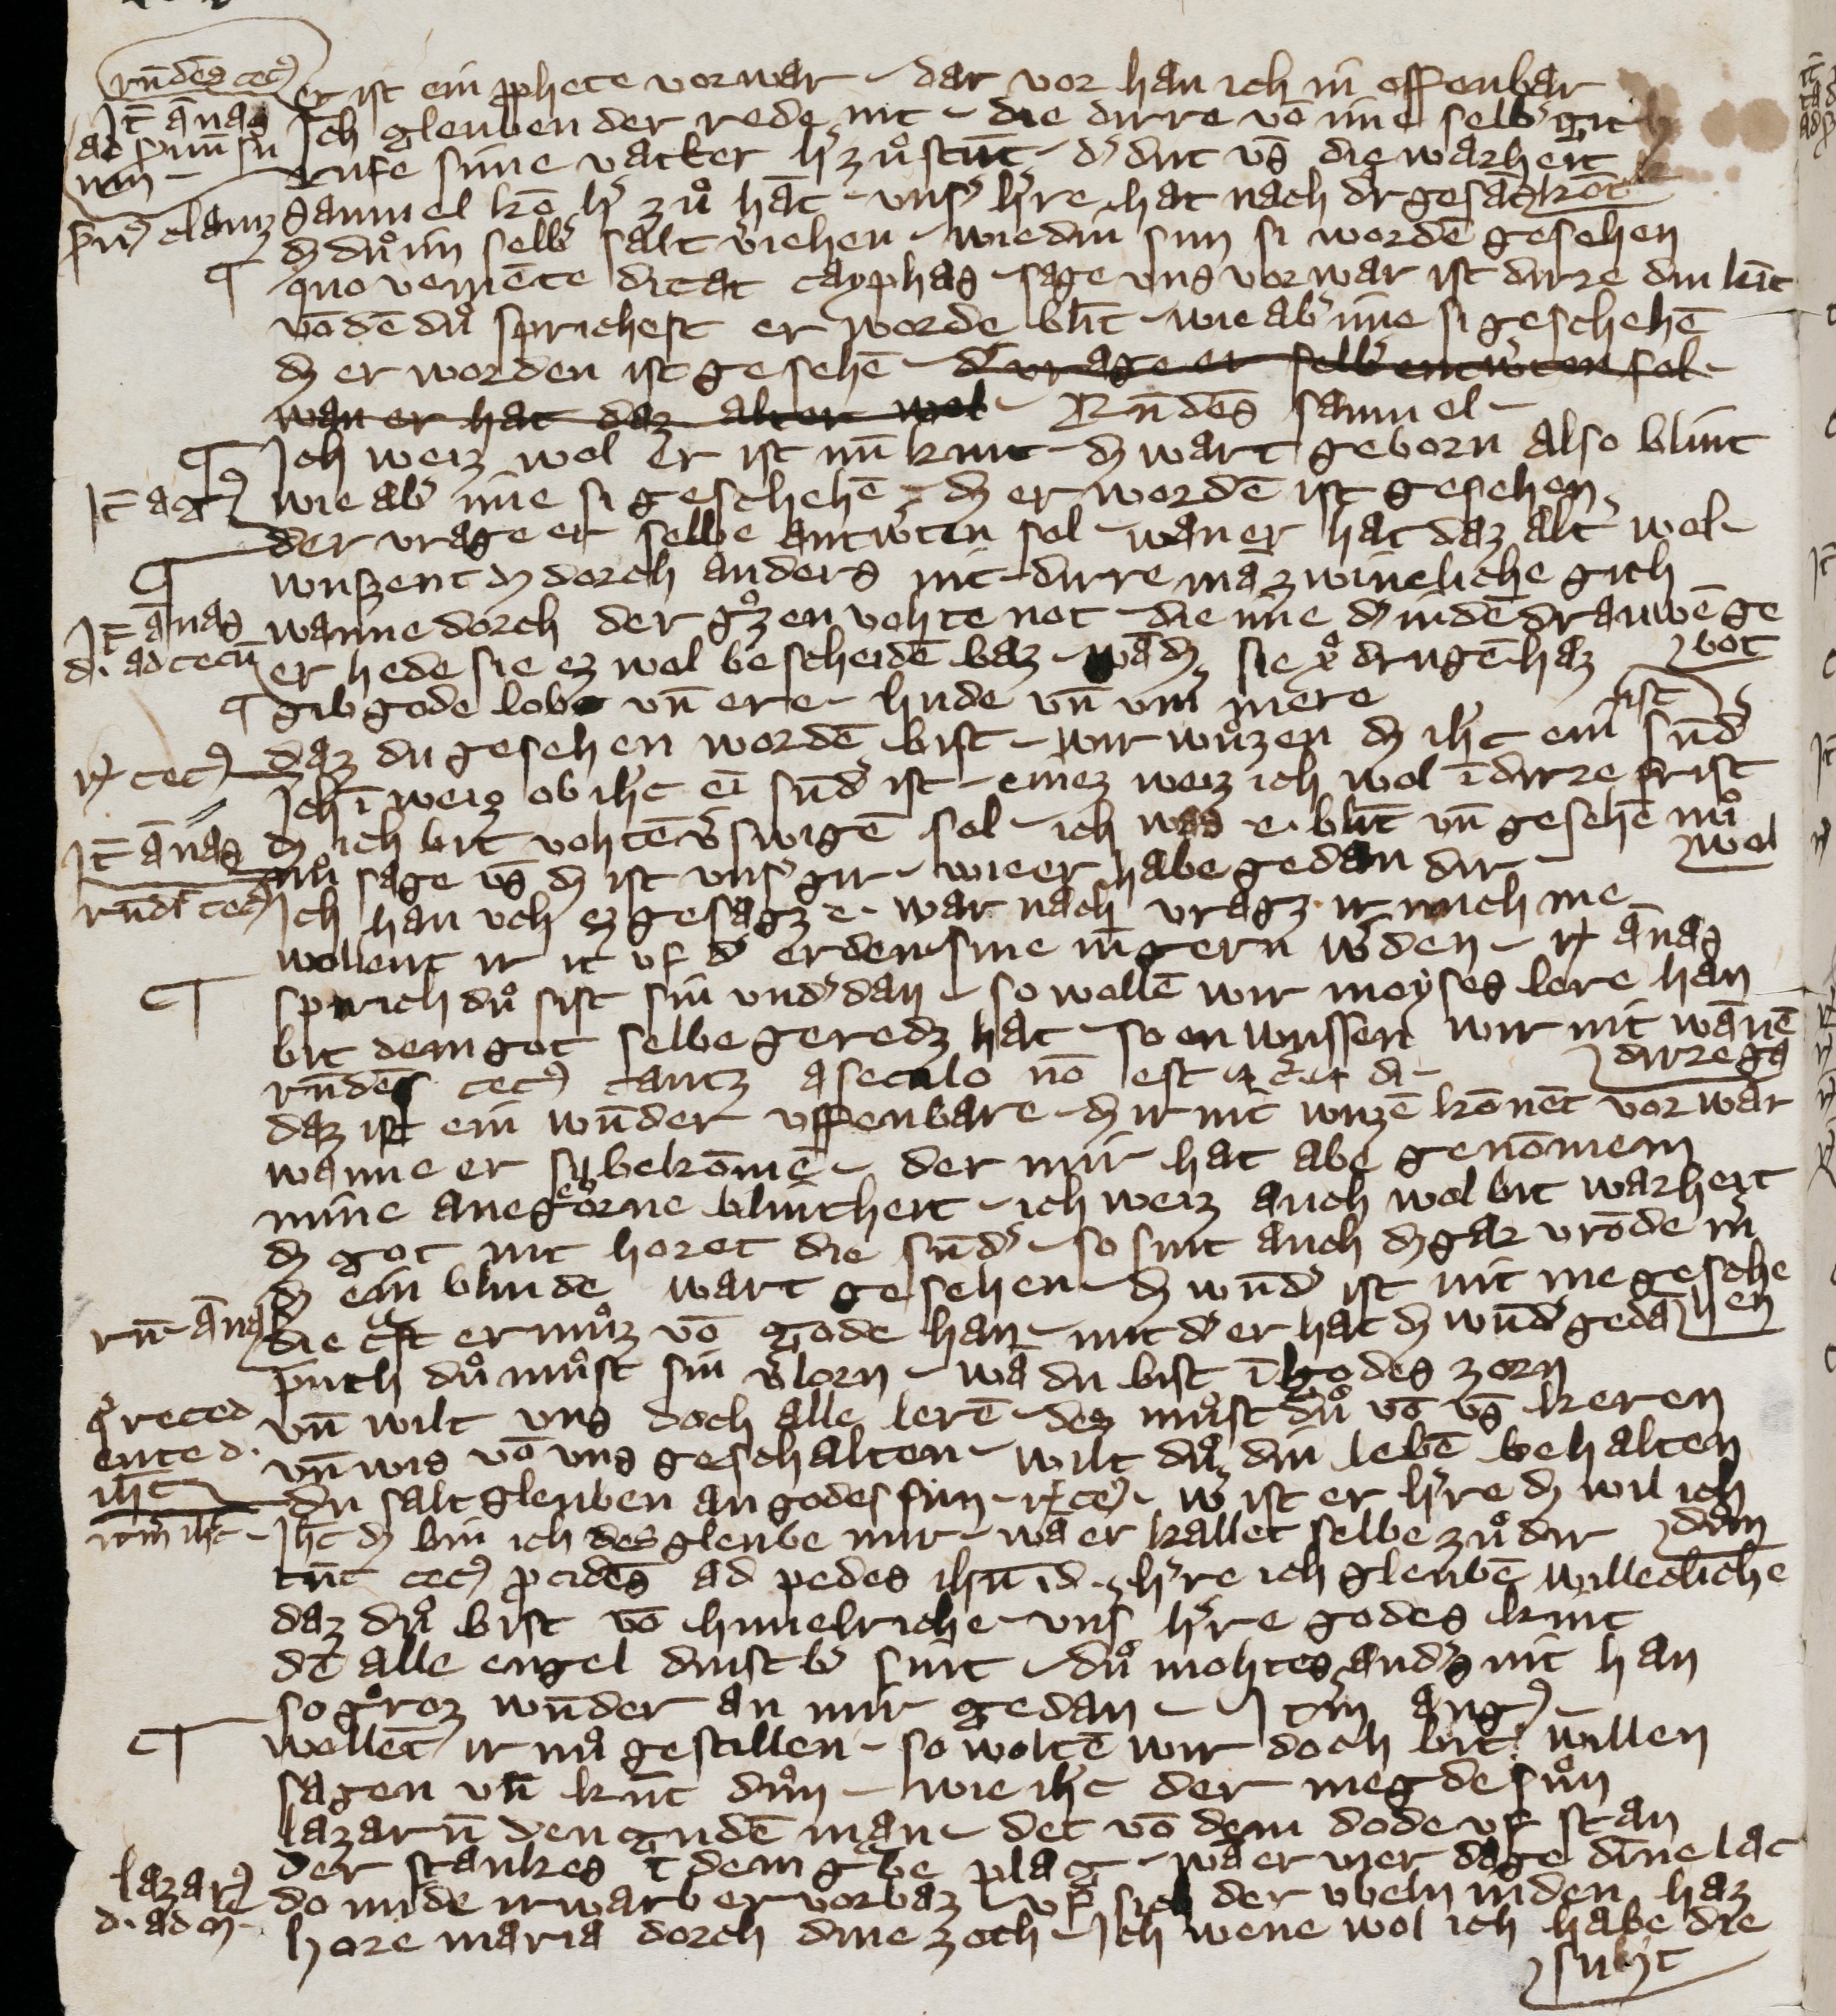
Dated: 1300–1499